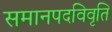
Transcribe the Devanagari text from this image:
समानपदविवृति